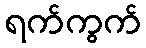
ရက်ကွက်